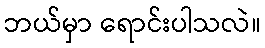
ဘယ်မှာ ရောင်းပါသလဲ။